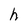
Character: h